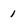
Character: 1